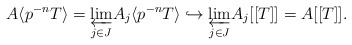
\begin{align*}A\langle p^{-n}T\rangle=\displaystyle{\varprojlim_{j\in J}}A_j\langle p^{-n}T\rangle\hookrightarrow \displaystyle{\varprojlim_{j\in J}}A_j[[T]]=A[[T]].\end{align*}